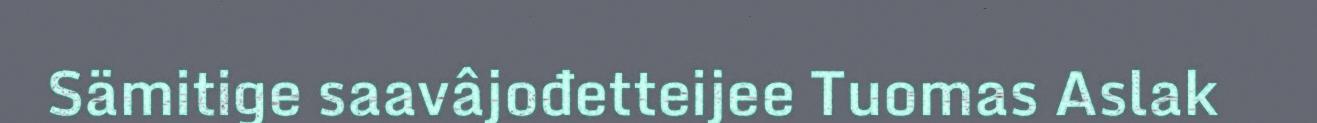
Sämitige saavâjođetteijee Tuomas Aslak